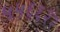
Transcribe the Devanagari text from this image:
५५६६२२